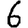
Digit: 6